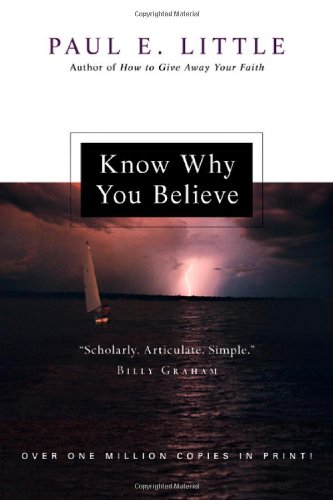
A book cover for Know Why You Believe; Paul E. Little; Self-Help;